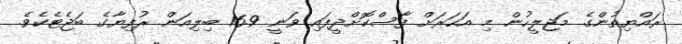
ރައްޔިތުންގެ މަޖިލީހުން މި އަހަރަށް ފާސްކޮށްދީފައި ވަނީ 16.9 ބިލިއަން ރުފިޔާގެ ބަޖެޓެކެވެ.